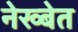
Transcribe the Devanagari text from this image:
नेख्बेत